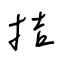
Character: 拮